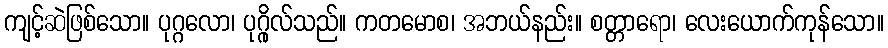
ကျင့်ဆဲဖြစ်သော။ ပုဂ္ဂလော၊ ပုဂ္ဂိုလ်သည်။ ကတမောစ၊ အဘယ်နည်း။ စတ္တာရော၊ လေးယောက်ကုန်သော။